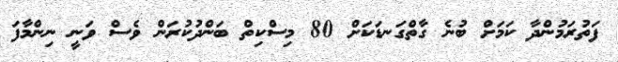
ފަތުރަމުންދާ ކަމަށް ބުނެ ގާތްގަނޑަކަށް 80 މިސްކިތް ބަންދުކުރަން ވެސް ވަނީ ނިންމާފަ